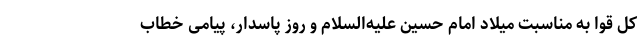
کل قوا به مناسبت میلاد امام حسین علیه‌السلام و روز پاسدار، پیامی خطاب